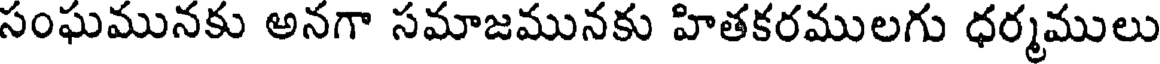
సంఘమునకు అనగా సమాజమునకు హితకరములగు ధర్మములు